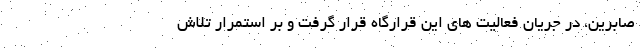
صابرین، در جریان فعالیت های این قرارگاه قرار گرفت و بر استمرار تلاش